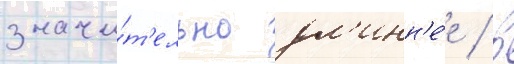
значи́т'ельно дл'инн'е́е / в